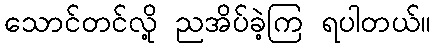
သောင်တင်လို့ ညအိပ်ခဲ့ကြ ရပါတယ်။